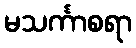
မသင်္ကာစရာ